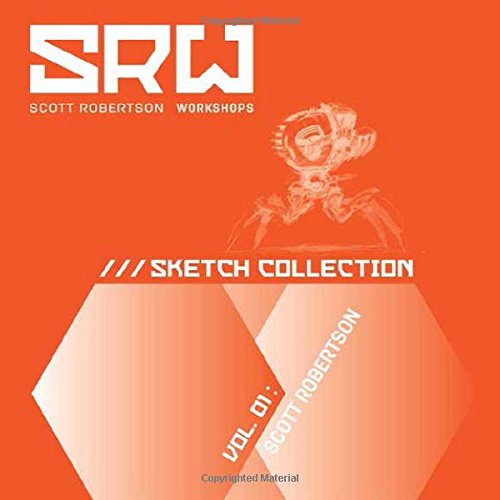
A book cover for SRW Sketch Collection: Vol. 01: Scott Robertson; Arts & Photography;